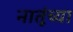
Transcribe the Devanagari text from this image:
नातूंच्या